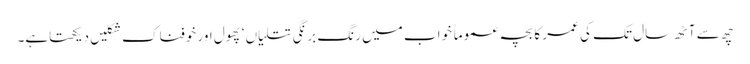
چھ سے آٹھ سال تک کی عمر کا بچہ عموماً خواب میں رنگ برنگی تتلیاں ‘ پھول اور خوفناک شکلیں دیکھتاہے۔